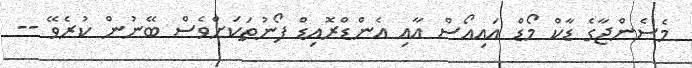
މެސެންޖާގެ ޑާކް މޯޑް އައިއޯސް އާއި އެންޑްރޮއިޑް ފޯނުތަކަށްވެސް ބޭނުން ކުރެވޭ --